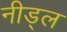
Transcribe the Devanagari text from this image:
नीड्ल